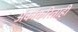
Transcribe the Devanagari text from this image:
अंकांकरिताही